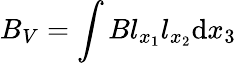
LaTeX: B_{V}=\int{Bl_{x_{1}}l_{x_{2}}\mathrm{d}x_{3}}